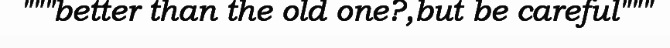
"""better than the old one?,but be careful"""